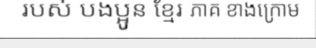
របស់ បងប្អូន ខ្មែរ ភាគ ខាងក្រោម